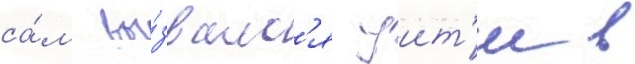
са́м вы́звалс'я уит'и в